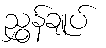
ညွှန်ချုပ်